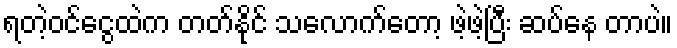
ရတဲ့ဝင်ငွေထဲက တတ်နိုင် သလောက်တော့ ဖဲ့ဖဲ့ပြီး ဆပ်နေ တာပဲ။